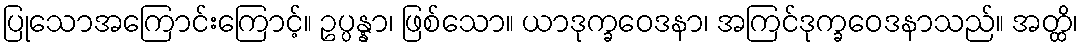
ပြုသောအကြောင်းကြောင့်။ ဥပ္ပန္နာ၊ ဖြစ်သော။ ယာဒုက္ခဝေဒနာ၊ အကြင်ဒုက္ခဝေဒနာသည်။ အတ္ထိ၊